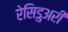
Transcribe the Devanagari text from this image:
रेसिडुअरी